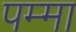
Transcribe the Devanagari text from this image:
पम्मा